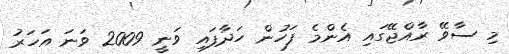
މި ސާވޭ ރާއްޖޭގައި އެންމެ ފަހުން ހަދާފައި ވަނީ 2009 ވަނަ އަހަރު